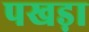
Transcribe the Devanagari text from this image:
पखड़ा